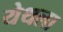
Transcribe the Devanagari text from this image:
येथला